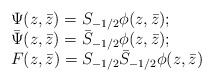
\begin{align*}\begin{array}{l}\Psi (z,\bar{z})=S_{-1/2}\phi (z,\bar{z}); \\ \bar{\Psi}(z,\bar{z})=\bar{S}_{-1/2}\phi (z,\bar{z}); \\ F(z,\bar{z})=S_{-1/2}\bar{S}_{-1/2}\phi (z,\bar{z})\end{array}\end{align*}